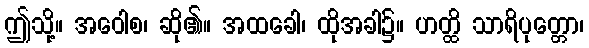
ဤသို့။ အဝေါစ၊ ဆို၏။ အထခေါ၊ ထိုအခါ၌။ ဟတ္ထိ သာရိပုတ္တော၊